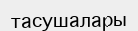
тасушалары